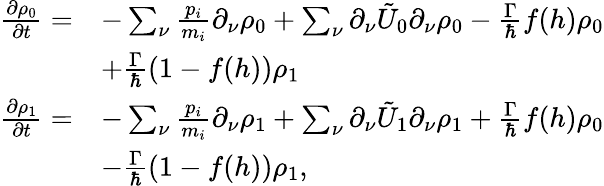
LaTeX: \begin{array}{rl}{\frac{\partial\rho_{0}}{\partial t}=}&{-\sum_{\nu}\frac{p_{i}}{m_{i}}\partial_{\nu}\rho_{0}+\sum_{\nu}\partial_{\nu}\tilde{U}_{0}\partial_{\nu}\rho_{0}-\frac{\Gamma}{\hbar}f(h)\rho_{0}}\\ &{+\frac{\Gamma}{\hbar}(1-f(h))\rho_{1}}\\ {\frac{\partial\rho_{1}}{\partial t}=}&{-\sum_{\nu}\frac{p_{i}}{m_{i}}\partial_{\nu}\rho_{1}+\sum_{\nu}\partial_{\nu}\tilde{U}_{1}\partial_{\nu}\rho_{1}+\frac{\Gamma}{\hbar}f(h)\rho_{0}}\\ &{-\frac{\Gamma}{\hbar}(1-f(h))\rho_{1},}\end{array}